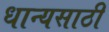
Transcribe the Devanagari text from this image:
धान्यसाठी